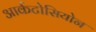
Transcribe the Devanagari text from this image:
आर्कटोसियोन